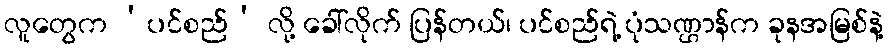
လူတွေက ‘ပင်စည်’ လို့ ခေါ်လိုက် ပြန်တယ်၊ ပင်စည်ရဲ့ ပုံသဏ္ဌာန်က ခုနအမြစ်နဲ့